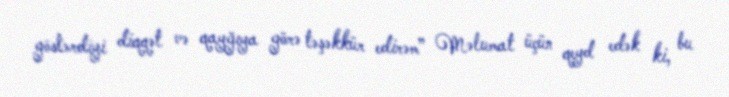
göstərdiyi diqqət və qayğıya görə təşəkkür edirəm” Məlumat üçün qeyd edək ki, bu